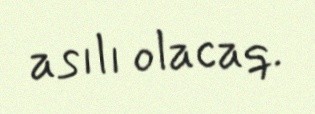
asılı olacaq.